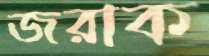
জরাক